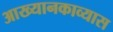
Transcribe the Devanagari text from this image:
आख्यानकाव्यास